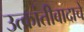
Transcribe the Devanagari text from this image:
उत्क्रांतीवादाचे